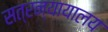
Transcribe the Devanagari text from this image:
सत्रन्यायालय